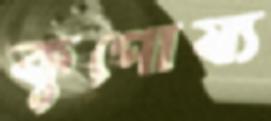
কুপোষ্য